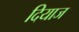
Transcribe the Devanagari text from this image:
दियाज